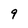
Character: 9